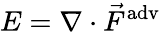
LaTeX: E=\nabla\cdot\vec{F}^{\mathrm{adv}}